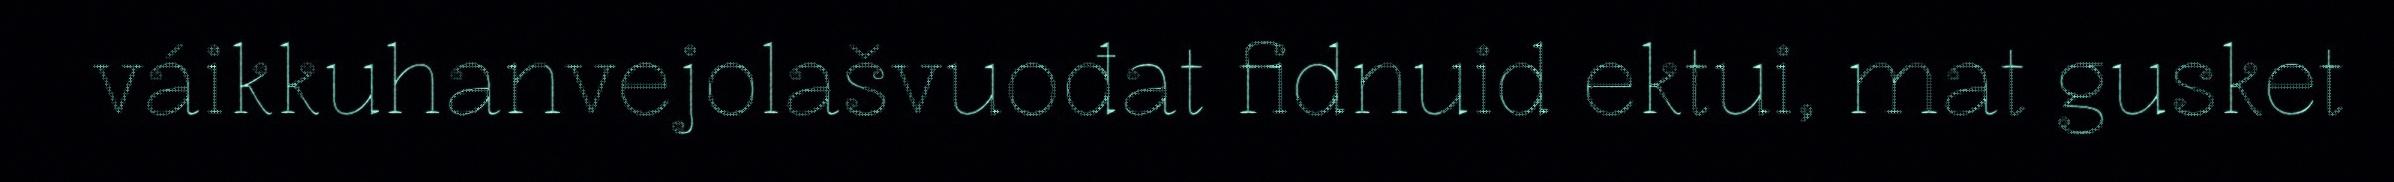
váikkuhanvejolašvuođat fidnuid ektui, mat gusket